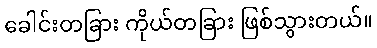
ခေါင်းတခြား ကိုယ်တခြား ဖြစ်သွားတယ်။